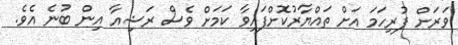
ވަރަށް ފުރިހަމަ އަށް ތައްޔާރުކޮށްފައިވާ ކަމަށް ވެސް ރަޝިއާ އިން ބުނެ އެވެ.